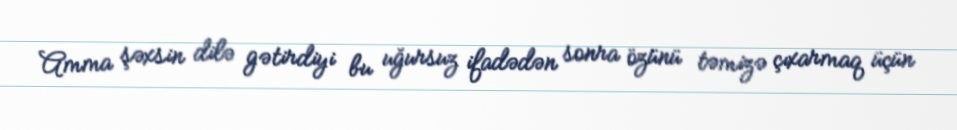
Amma şəxsin dilə gətirdiyi bu uğursuz ifadədən sonra özünü təmizə çıxarmaq üçün